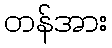
တန်အား